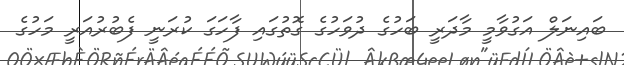
ބައިނަލް އަގުވާމީ މާދަރީ ބަހުގެ ދުވަހުގެ ގޮތުގައި ފާހަގަ ކުރަނީ ފެބުރުއަރީ މަހުގެ